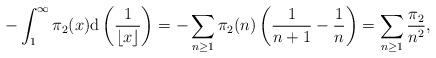
LaTeX: \begin{align*} -\int_1^\infty \pi_2(x) \mathrm{d}\left( \frac{1}{\lfloor x \rfloor} \right) = -\sum_{n \geq 1} \pi_2(n) \left( \frac{1}{n+1} - \frac{1}{n} \right) = \sum_{n \geq 1} \frac{\pi_2}{n^2}, \end{align*}